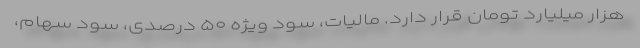
هزار میلیارد تومان قرار دارد. مالیات، سود ویژه ۵۰ درصدی، سود سهام،